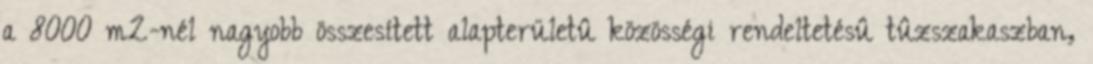
a 8000 m2-nél nagyobb összesített alapterületû közösségi rendeltetésû tûzszakaszban,